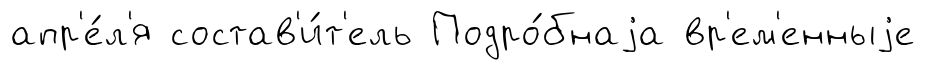
апр'е́л'я состав'и́т'ель Подро́бнаjа вр'ем'енныjе